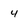
Character: 4